Sketch of the medical history of the native army of Bombay, for the year
Year: 1870
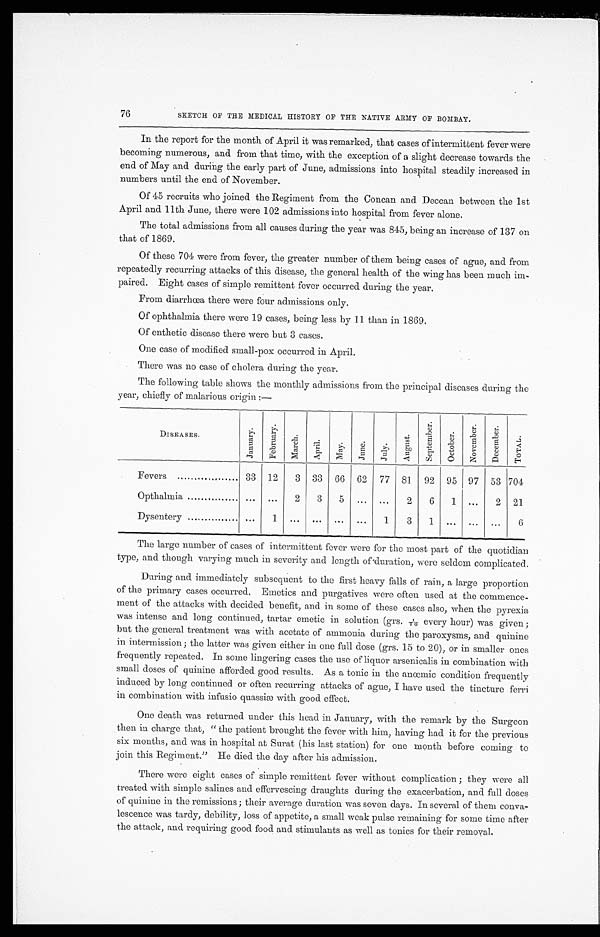
76
SKETCH OF THE MEDICAL HISTORY OF THE NATIVE ARMY OF BOMBAY.
In the report for the month of April it was remarked, that cases of intermittent fever were
becoming numerous, and from that time, with the exception of a slight decrease towards the
end of May and during the early part of June, admissions into hospital steadily increased in
numbers until the end of November.
Of 45 recruits who joined the Regiment from the Concan and Deccan between the 1st
April and 11th June, there were 102 admissions into hospital from fever alone.
The total admissions from all causes during the year was 845, being an increase of 137 on
that of 1869.
Of these 704 were from fever, the greater number of them being cases of ague, and from
repeatedly recurring attacks of this disease, the general health of the wing has been much im-
paired. Eight cases of simple remittent fever occurred during the year.
From diarrhœa there were four admissions only.
Of ophthalmia there were 19 cases, being less by 11 than in 1869.
Of enthetic disease there were but 3 cases.
One case of modified small-pox occurred in April.
There was no case of cholera during the year.
The following table shows the monthly admissions from the principal diseases during the
year, chiefly of malarious origin:—
D I S E A S E S .
J a n u a r y .
F e b r u a r y .
M a r c h .
A p r i l .
M a y .
J u n e .
J u l y .
A u g u s t .
S e p t e m b e r .
O c t o b e r .
N o v e m b e r .
D e c e m b e r .
T O T A L .
Fevers
33 12
3 33 66 62
77 81
92 95 97 53 704
Opthalmia
. . . . . .
2
3
5
. . .
. . .
2
6
1
...
2 21
Dysentery
. . .
1 ...
. . .
. . .
. . . 1
3
1
. . .
...
. . . 6
The large number of cases of intermittent fever were for the most part of the quotidian
type, and though varying much in severity and length of duration, were seldom complicated.
During and immediately subsequent to the first heavy falls of rain, a large proportion
of the primary cases occurred. Emetics and purgatives were often used at the commence-
ment of the attacks with decided benefit, and in some of these cases also, when the pyrexia
was intense and long continued, tartar emetic in solution (grs. 1/10 every hour) was given;
but the general treatment was with acetate of ammonia during the paroxysms, and quinine
in intermission; the latter was given either in one full dose (grs. 15 to 20), or in smaller ones
frequently repeated. In some lingering cases the use of liquor arsenicalis in combination with
small doses of quinine afforded good results. As a tonic in the anœmic condition frequently
induced by long continued or often recurring attacks of ague, I have used the tincture ferri
in combination with infusio quassiæ with good effect.
One death was returned under this head in January, with the remark by the Surgeon
then. in charge that, "the patient brought the fever with him, having had it for the previous
six months, and was in hospital at Surat (his last station) for one month before coming to
join this Regiment." He died the day after his admission.
There were eight cases of simple remittent fever without complication; they were all
treated with simple salines and effervescing draughts during the exacerbation, and full doses
of quinine in the remissions; their average duration was seven days. In several of them conva
- l e s c e n c e w a s t a r d y , d e b i l i t y , l o s s o f a p p e t i t e , a s m a l l w e a k p u l s e r e m a i n i n g f o r s o m e t i m e a f t e r
the attack, and requiring good food and. stimulants as well as tonics for their removal.